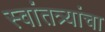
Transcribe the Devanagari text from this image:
स्वांतत्र्यांचा